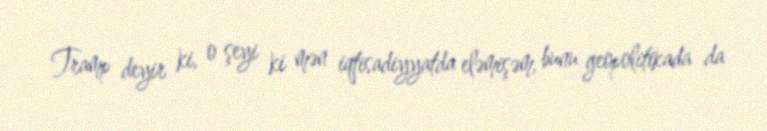
Tramp deyir ki, o şeyi ki mən iqtisadiyyatda eləmişəm, bunu geopolitikada da